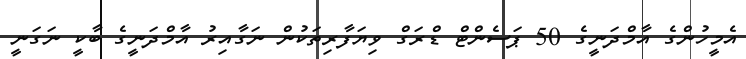
އެމީހުންގެ އާމްދަނީގެ 50 ޕަސެންޓް ޑްރަގް ވިޔަފާރިތަކުން ނަގާއިރު އާމްދަނީގެ ބާކީ ނަގަނީ